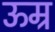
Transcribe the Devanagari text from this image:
ऊम्र